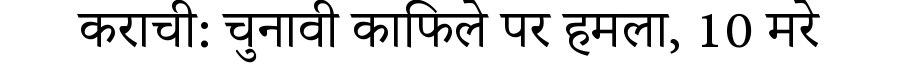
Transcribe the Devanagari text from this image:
कराची: चुनावी काफिले पर हमला, 10 मरे